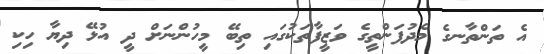
އެ ތަންތާނގެ މެދުފަންތީގެ ވަޒީފާތަކުގައި ތިބޭ މީހުންނަށް ދީ އުޅޭ ދިޔާ ހިކި